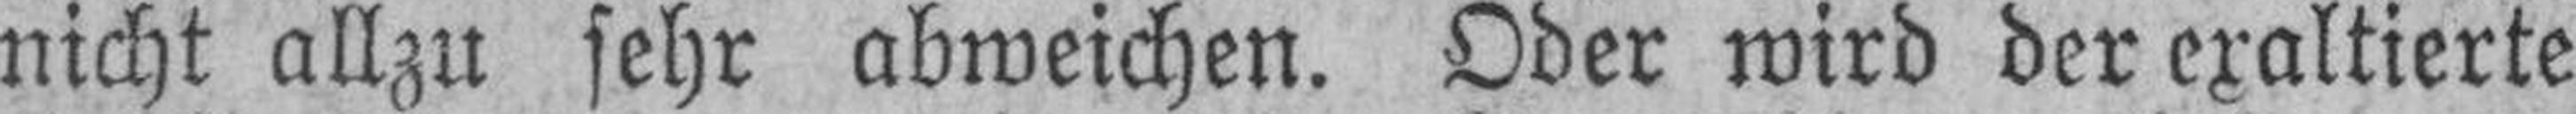
nicht allzu sehr abweichen. Oder wird der exaltierte